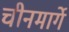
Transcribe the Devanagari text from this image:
चीनमार्गे